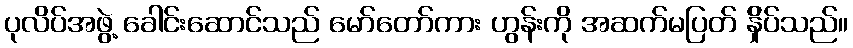
ပုလိပ်အဖွဲ့ ခေါင်းဆောင်သည် မော်တော်ကား ဟွန်းကို အဆက်မပြတ် န်ှိပ်သည်။